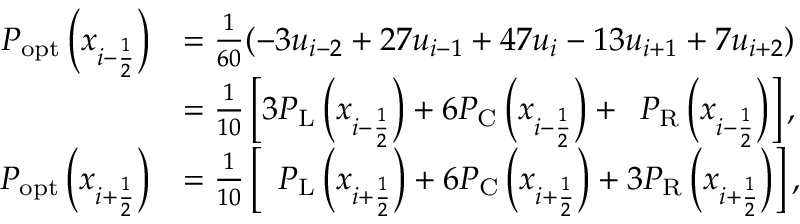
\begin{array} { r l } { P _ { \mathrm { o p t } } \left( x _ { i - \ensuremath { { \frac { 1 } { 2 } } } } \right) } & { = \frac { 1 } { 6 0 } ( - 3 u _ { i - 2 } + 2 7 u _ { i - 1 } + 4 7 u _ { i } - 1 3 u _ { i + 1 } + 7 u _ { i + 2 } ) } \\ & { = \frac { 1 } { 1 0 } \left[ 3 P _ { \mathrm { L } } \left( x _ { i - \ensuremath { { \frac { 1 } { 2 } } } } \right) + 6 P _ { \mathrm { C } } \left( x _ { i - \ensuremath { { \frac { 1 } { 2 } } } } \right) + \phantom { 1 } P _ { \mathrm { R } } \left( x _ { i - \ensuremath { { \frac { 1 } { 2 } } } } \right) \right] , } \\ { P _ { \mathrm { o p t } } \left( x _ { i + \ensuremath { { \frac { 1 } { 2 } } } } \right) } & { = \frac { 1 } { 1 0 } \left[ \phantom { 1 } P _ { \mathrm { L } } \left( x _ { i + \ensuremath { { \frac { 1 } { 2 } } } } \right) + 6 P _ { \mathrm { C } } \left( x _ { i + \ensuremath { { \frac { 1 } { 2 } } } } \right) + 3 P _ { \mathrm { R } } \left( x _ { i + \ensuremath { { \frac { 1 } { 2 } } } } \right) \right] , } \end{array}